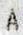
A